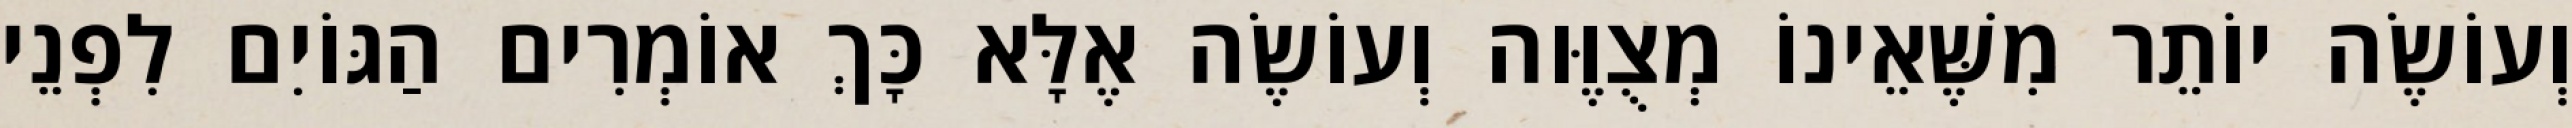
וְעוֹשֶׂה יוֹתֵר מִשֶּׁאֵינוֹ מְצֻוֶּוה וְעוֹשֶׂה אֶלָּא כָּךְ אוֹמְרִים הַגּוֹיִם לִפְנֵי